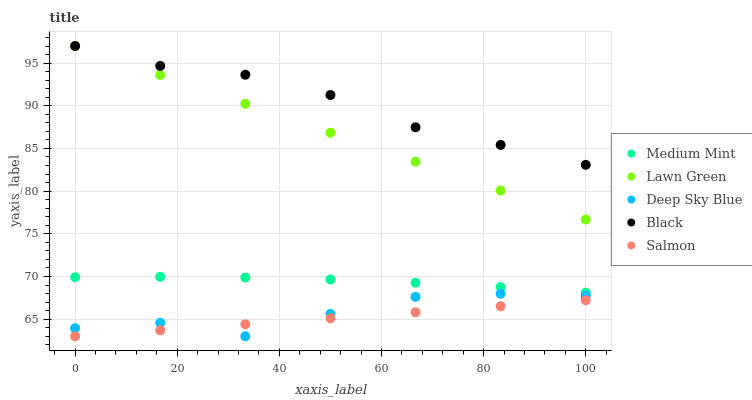
| xaxis_label | Medium Mint | Lawn Green | Deep Sky Blue | Black | Salmon |
 | --- | --- | --- | --- | --- | --- |
 | 0 | 69.9 | 97 | 63.9 | 97 | 63 |
 | 16.7 | 70 | 93.6 | 64.6 | 94.7 | 63.7 |
 | 33.3 | 69.9 | 90.2 | 63 | 93.6 | 64.4 |
 | 50 | 69.6 | 86.8 | 65.6 | 91.3 | 65.1 |
 | 66.7 | 69.3 | 83.5 | 67.6 | 87.5 | 65.8 |
 | 83.3 | 68.8 | 80.1 | 68 | 85.4 | 66.5 |
 | 100 | 68.1 | 76.7 | 67.8 | 83.1 | 67.2 |